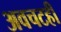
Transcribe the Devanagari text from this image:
अवचटही